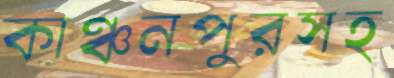
কাঞ্চনপুরসহ